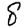
Digit: 8